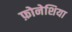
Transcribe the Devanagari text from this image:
फ़ोनेशिया